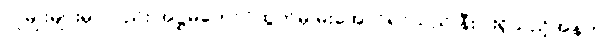
လူမျိုးများမှာလည်း အဋ္ဌမတောင်ထွတ်မှ မိုးအောင်ရင်သည် နီးပါးရှိသည့်အနက်